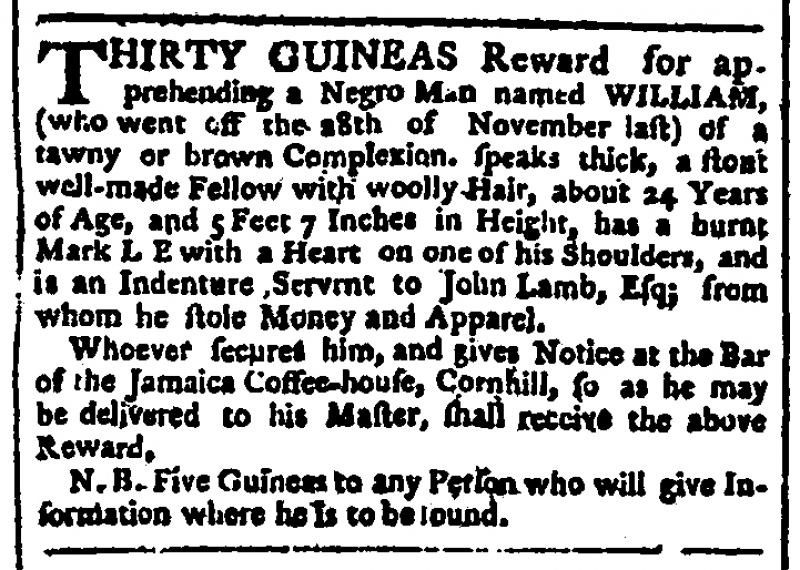
Public Advertiser, 12 February 1771 (England)
THIRTY GUINEAS Reward for apprehending a Negro Man named WILLIAM, (who went off the 28th of November last) of a tawny or brown Complexion, speaks thick, a stout well-made Fellow with woolly Hair, about 24 Years of Age, and 5 Feet 7 Inches in Height, has a burnt Mark L E with a Heart on one of his Shoulders, and is an Indenture Servant to John Lamb, Esq; from whom he stole Money and Apparel.   Whoever secures him, and gives Notice at the Bar of the Jamaica Coffee-house, Cornhill, so as he may be delivered to his Master, shall receive the above Reward.   N.B. Five Guineas to any Person who will give Information where is to be found.